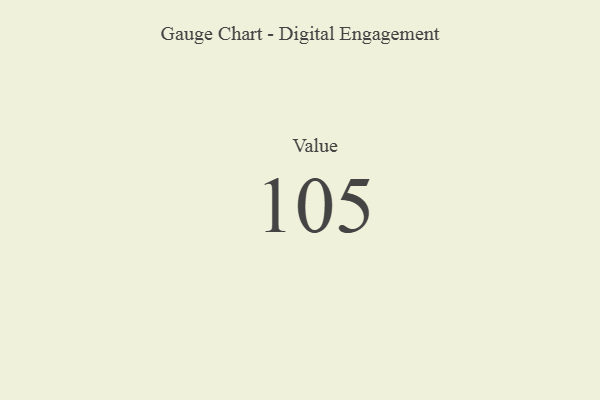
{"axis": {"x": "Metric", "y": "Value"}, "legend": [""], "data": [{"x": "Value", "y": 105, "type": ""}]}